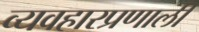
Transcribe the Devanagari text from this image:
व्यवहारप्रणाली